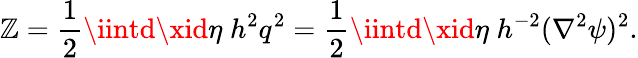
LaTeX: \mathbb{Z}=\frac{{1}}{{2}}\iintd\xid\eta\; h^{2}q^{2}=\frac{{1}}{{2}}\iintd\xid\eta\; h^{-2}(\nabla^{2}\psi)^{2}.